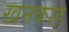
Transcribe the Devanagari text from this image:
खनकाह